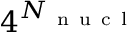
4 ^ { N _ { \mathrm { ~ n ~ u ~ c ~ l ~ } } }